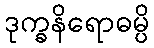
ဒုက္ခနိရောဓမ္ပိ